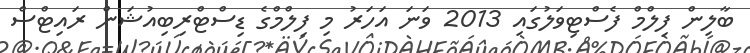
ބާލިން ފިލްމް ފެސްޓިވަލުގައި 2013 ވަނަ އަހަރު މި ފިލްމްގެ ޑިސްޓްރިބިއުޝަން ރައިޓްސް